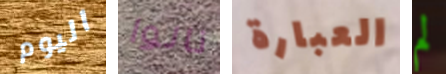
اليوم نالوا العبارة لم